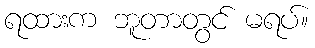
ရထားက ဘူတာတွင် မရပ်။